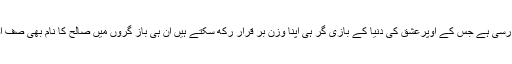
یہ ایک ایسی پرُ تناؤ رسی ہے جس کے اوپرعشق کی دنیا کے بازی گر ہی اپنا وزن بر قرار رکھ سکتے ہیں ان ہی باز گروں میں صالحؔ کا نام بھی صف اول میں نظر آتا ہے ۔